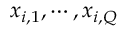
\boldsymbol { x } _ { i , 1 } , \cdots , \boldsymbol { x } _ { { i , Q } }